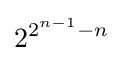
2^{2^{n-1}-n}